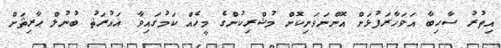
އިތުރު ސާހިބާ އަވަހާރަފުޅަށް އޮންނަވަނިކޮށް މުޝްރިކުންގެ މީހެއް ކަމުގައިވާ ޣައުރަޘު ބުނުލް ޙާރިޘަށް